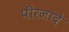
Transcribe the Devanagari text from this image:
पीरजादे